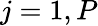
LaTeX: j=1,P